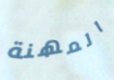
المهنة